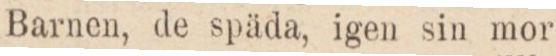
Barnen, de späda, igen sin mor